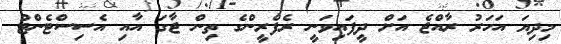
މިދިޔަ އަހަރު ރާއްޖެ އަށް ދީފައިވަނީ ރެފްރީންގެ ތިން ޖާގަ އާއި އެސިސްޓެންޓް